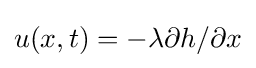
u(x,t)=-\lambda \partial h/\partial x